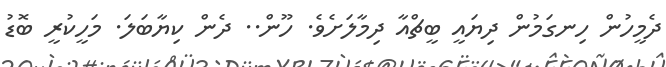
ދެމީހުން ހިނގަމުން ދިޔައީ ބީޗްއާ ދިމާލަށެވެ. ހޫން.. ދެން ކިޔާބަލަ. މަހީކުރީ ބޮޑު